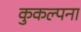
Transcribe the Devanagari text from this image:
कुकल्पना